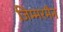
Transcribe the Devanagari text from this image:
जिम्मरमैन